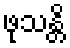
ဖုသန္တိ